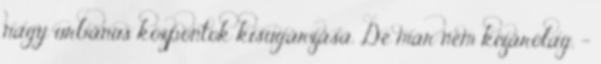
nagy urbánus központok kisugárzása. De már nem kizárólag. –